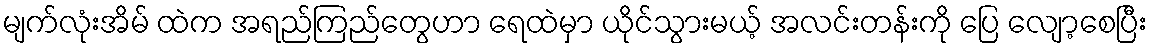
မျက်လုံးအိမ် ထဲက အရည်ကြည်တွေဟာ ရေထဲမှာ ယိုင်သွားမယ့် အလင်းတန်းကို ပြေ လျော့စေပြီး